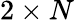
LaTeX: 2\times N